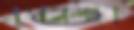
মুখগুলোকে